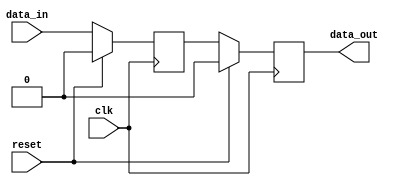
module timing_control_synchronizer (
    input wire clk,
    input wire reset,
    input wire data_in,
    output reg data_out
);

reg first_ff;
reg second_ff;

// First flip-flop captures input signal on rising edge of clock
always @(posedge clk) begin
    if (reset) begin
        first_ff <= 1'b0;
    end else begin
        first_ff <= data_in;
    end
end

// Second flip-flop captures output of first flip-flop on next rising edge of clock
always @(posedge clk) begin
    if (reset) begin
        second_ff <= 1'b0;
    end else begin
        second_ff <= first_ff;
    end
end

// Output of second flip-flop is synchronized output signal
assign data_out = second_ff;

endmodule